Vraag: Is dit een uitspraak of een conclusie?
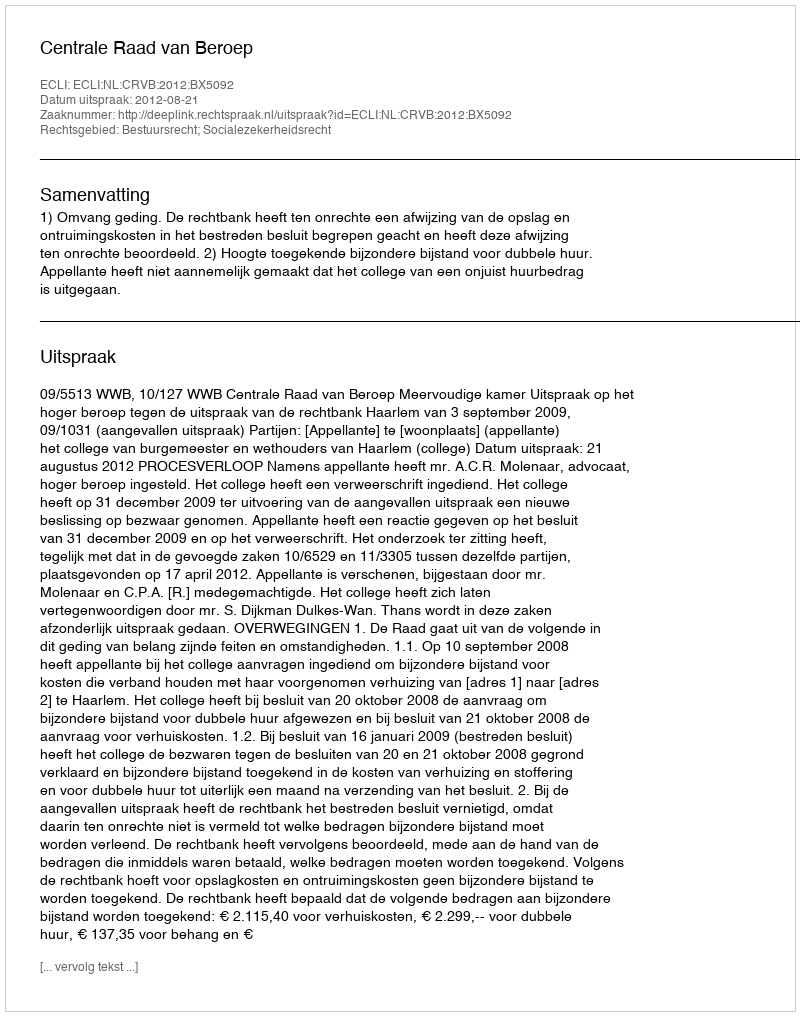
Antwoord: Uitspraak